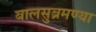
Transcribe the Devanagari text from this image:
बालसुब्रमण्या